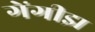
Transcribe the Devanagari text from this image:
गेंगीझ